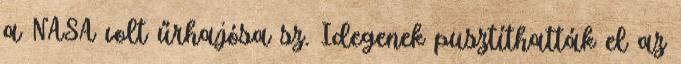
a NASA volt űrhajósa sz. Idegenek pusztíthatták el az